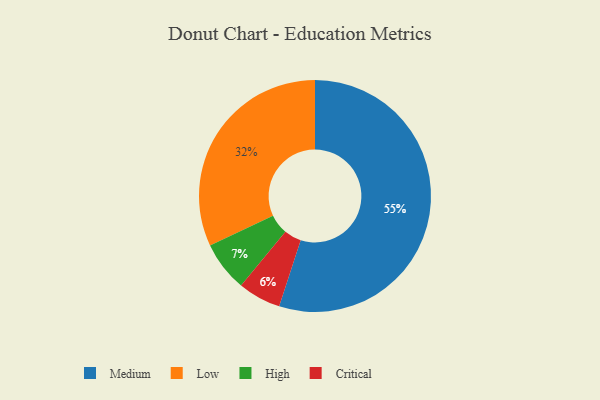
{"axis": {"x": "Category", "y": "Percentage"}, "legend": ["Critical", "High", "Low", "Medium"], "data": [{"x": "Medium", "y": 55, "type": "Medium"}, {"x": "Critical", "y": 6, "type": "Critical"}, {"x": "High", "y": 7, "type": "High"}, {"x": "Low", "y": 32, "type": "Low"}]}